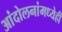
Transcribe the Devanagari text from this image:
आंदोलनांमध्येही